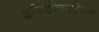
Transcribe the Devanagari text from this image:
अभिव्यक्तिस्वातंत्र्याचा